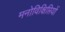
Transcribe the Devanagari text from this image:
मनोविक्षिप्तियों